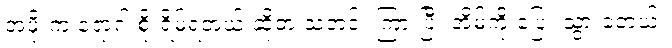
အဖိုးက ရောဂါ စိုးရိမ်ရတယ် ဆိုတဲ့ သတင်း ကြားပြီး အိမ်ကို ပြေး သွားခဲ့တယ်။